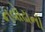
નવોઢાની